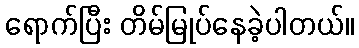
ရောက်ပြီး တိမ်မြုပ်နေခဲ့ပါတယ်။